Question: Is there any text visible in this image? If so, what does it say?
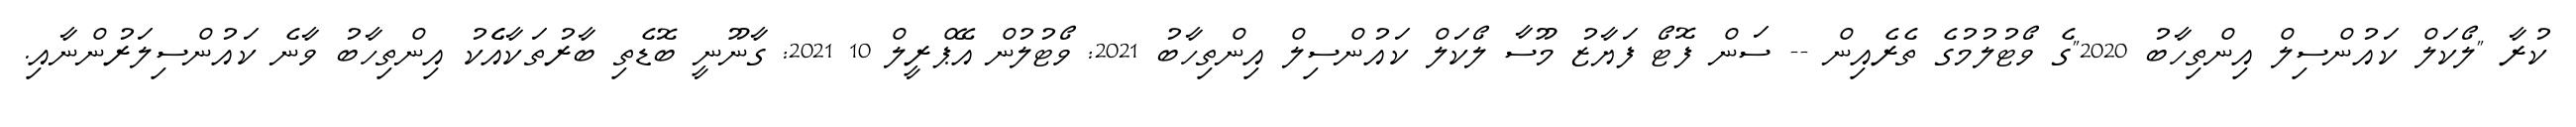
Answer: ކުރާ "ލޯކަލް ކައުންސިލް އިންތިހާބު 2020"ގެ ވޯޓުލުމުގެ ތެރެއިން -- ސަން ފޮޓޯ ފަޔާޒު މޫސާ ލޯކަލް ކައުންސިލް އިންތިހާބު 2021: ވޯޓުލުން އޭޕްރީލް 10 2021: ގާނޫނީ ބޮޑެތި ބާރުތަކާއެެކު އިންތިހާބު ވާނެ ކައުންސިލަރުންނާއި.